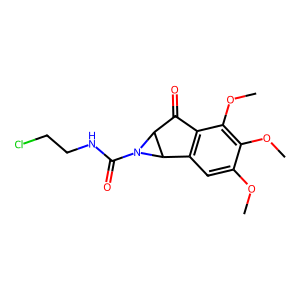
SMILES: COc1cc2c(c(OC)c1OC)C(=O)C1C2N1C(=O)NCCCl
Inhibits HIV replication: No